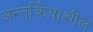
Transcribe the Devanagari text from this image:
अन्तर्क्रियाशील